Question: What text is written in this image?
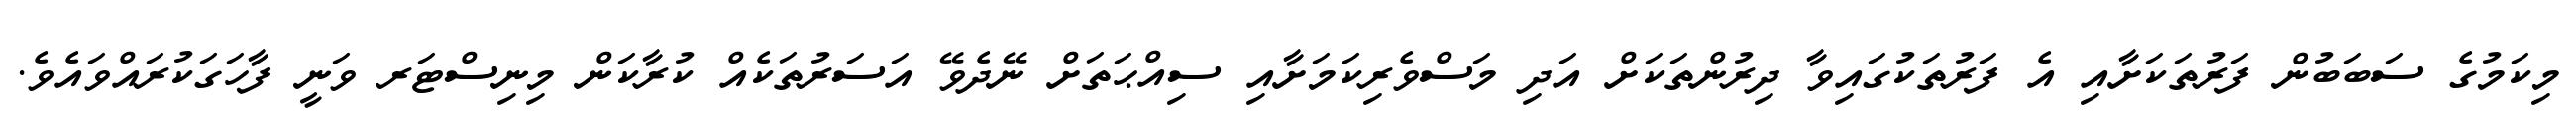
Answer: މިކަމުގެ ސަބަބުން ފަރުތަކަށާއި އެ ފަރުތަކުގައިވާ ދިރުންތަކަށް އަދި މަސްވެރިކަމަށާއި ސިއްޙަތަށް ނޭދެވޭ އަސަރުތަކެއް ކުރާކަން މިނިސްޓަރ ވަނީ ފާހަގަކުރައްވައެވެ.